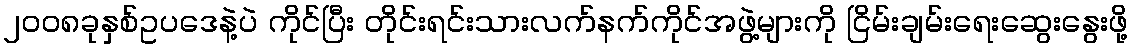
၂၀၀၈ခုနှစ်ဥပဒေနဲ့ပဲ ကိုင်ပြီး တိုင်းရင်းသားလက်နက်ကိုင်အဖွဲ့များကို ငြိမ်းချမ်းရေးဆွေးနွေးဖို့